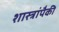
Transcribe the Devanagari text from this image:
शास्त्रांपैकी